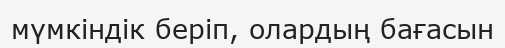
мүмкіндік беріп, олардың бағасын